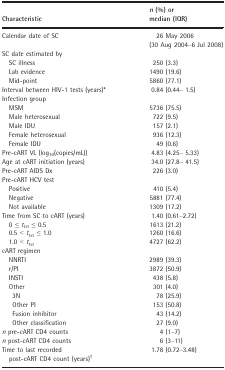
<table><thead><tr><td><b>Characteristic</b></td><td><b><i>n</i> (%) or median (IQR)</b></td></tr></thead><tbody><tr><td>Calendar date of SC</td><td>26 May 2006 (30 Aug 2004–6 Jul 2008)</td></tr><tr><td colspan="2">SC date estimated by</td></tr><tr><td>SC illness</td><td>250 (3.3)</td></tr><tr><td>Lab evidence</td><td>1490 (19.6)</td></tr><tr><td>Mid‐point</td><td>5860 (77.1)</td></tr><tr><td>Interval between HIV‐1 tests (years)*</td><td>0.84 (0.44– 1.5)</td></tr><tr><td colspan="2">Infection group</td></tr><tr><td>MSM</td><td>5736 (75.5)</td></tr><tr><td>Male heterosexual</td><td>722 (9.5)</td></tr><tr><td>Male IDU</td><td>157 (2.1)</td></tr><tr><td>Female heterosexual</td><td>936 (12.3)</td></tr><tr><td>Female IDU</td><td>49 (0.6)</td></tr><tr><td>Pre‐cART VL (log<sub>10</sub>(copies/mL))</td><td>4.83 (4.25– 5.33)</td></tr><tr><td>Age at cART initiation (years)</td><td>34.0 (27.8– 41.5)</td></tr><tr><td>Pre‐cART AIDS Dx</td><td>226 (3.0)</td></tr><tr><td colspan="2">Pre‐cART HCV test</td></tr><tr><td>Positive</td><td>410 (5.4)</td></tr><tr><td>Negative</td><td>5881 (77.4)</td></tr><tr><td>Not available</td><td>1309 (17.2)</td></tr><tr><td>Time from SC to cART (years)</td><td>1.40 (0.61–2.72)</td></tr><tr><td>0 ≤ <i>t</i><sub>trt</sub> ≤ 0.5</td><td>1613 (21.2)</td></tr><tr><td>0.5 &lt; <i>t</i><sub>trt</sub> ≤ 1.0</td><td>1260 (16.6)</td></tr><tr><td>1.0 &lt; <i>t</i><sub>trt</sub></td><td>4727 (62.2)</td></tr><tr><td colspan="2">cART regimen</td></tr><tr><td>NNRTI</td><td>2989 (39.3)</td></tr><tr><td>r/PI</td><td>3872 (50.9)</td></tr><tr><td>INSTI</td><td>438 (5.8)</td></tr><tr><td>Other</td><td>301 (4.0)</td></tr><tr><td>3N</td><td>78 (25.9)</td></tr><tr><td>Other PI</td><td>153 (50.8)</td></tr><tr><td>Fusion inhibitor</td><td>43 (14.2)</td></tr><tr><td>Other classification</td><td>27 (9.0)</td></tr><tr><td><i>n</i> pre‐cART CD4 counts</td><td>4 (1–7)</td></tr><tr><td><i>n</i> post‐cART CD4 counts</td><td>6 (3–11)</td></tr><tr><td>Time to last recorded post‐cART CD4 count (years)†</td><td>1.78 (0.72–3.48)</td></tr></tbody></table>